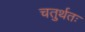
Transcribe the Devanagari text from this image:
चतुर्थतः